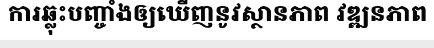
ការឆ្លុះបញ្ចាំងឲ្យឃើញនូវស្ថានភាព វឌ្ឍនភាព